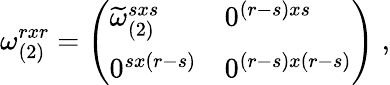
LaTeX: \omega_{(2)}^{rxr}=\left(\begin{array}{ll}{{\widetilde{\omega}_{(2)}^{sxs}}}&{{0^{(r-s)xs}}}\\ {{0^{sx(r-s)}}}&{{0^{(r-s)x(r-s)}}}\end{array}\right)\; ,